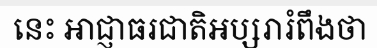
នេះ អាជ្ញាធរជាតិអប្សរារំពឹងថា